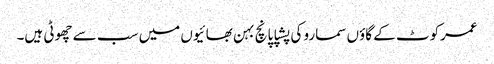
عمرکوٹ کے گاؤں سمارو کی پشپا پانچ بہن بھائیوں میں سب سے چھوٹی ہیں۔